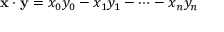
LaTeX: \mathbf { x } \cdot \mathbf { y } = x _ { 0 } y _ { 0 } - x _ { 1 } y _ { 1 } - \cdots - x _ { n } y _ { n }